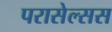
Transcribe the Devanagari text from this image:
परासेल्सस